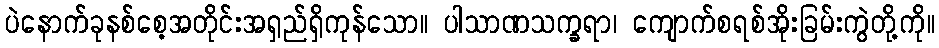
ပဲနောက်ခုနစ်စေ့အတိုင်းအရှည်ရှိကုန်သော။ ပါသာဏသက္ခရာ၊ ကျောက်စရစ်အိုးခြမ်းကွဲတို့ကို။